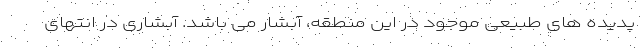
پدیده های طبیعی موجود در این منطقه، آبشار می باشد. آبشاری در انتهای